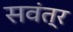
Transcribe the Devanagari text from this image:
सवंत्र